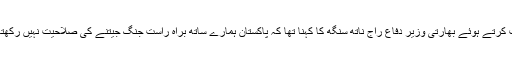
تفصیلات کے مطابق پونا میں ایک تقریب سے خطاب کرتے ہوئے بھارتی وزیر دفاع راج ناتھ سنگھ کا کہنا تھا کہ پاکستان ہمارے ساتھ براہ راست جنگ جیتنے کی صلاحیت نہیں رکھتا جس کی وجہ سے پراکسی وار کا سہارا لے رہا ہے۔